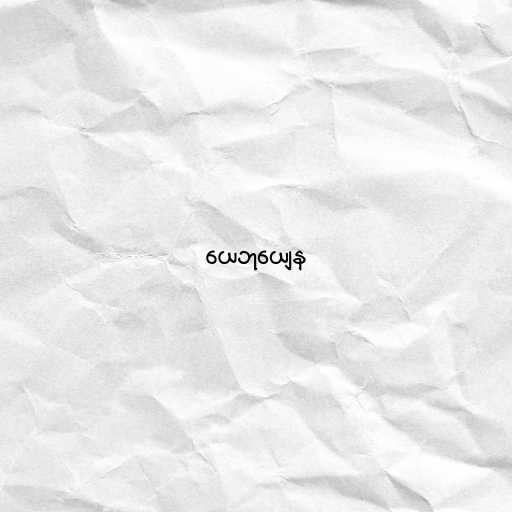
ယေဘုယျေန